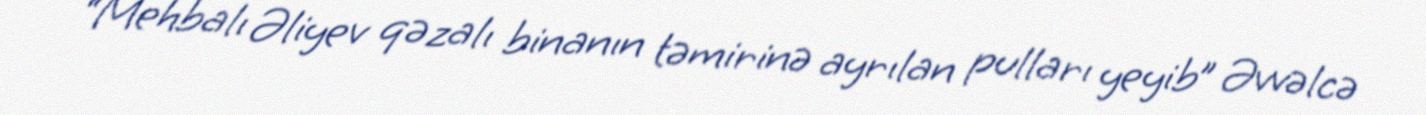
“Mehbalı Əliyev qəzalı binanın təmirinə ayrılan pulları yeyib” Əvvəlcə